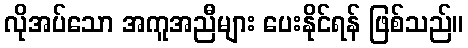
လိုအပ်သော အကူအညီများ ပေးနိုင်ရန် ဖြစ်သည်။